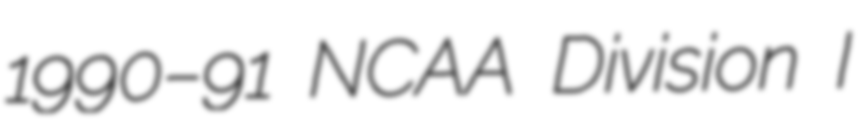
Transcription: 1990–91 NCAA Division I